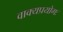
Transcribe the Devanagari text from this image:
वाक्यप्रयोगः